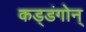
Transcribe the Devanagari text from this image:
कड्डंगोन्